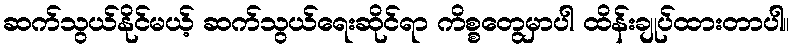
ဆက်သွယ်နိုင်မယ့် ဆက်သွယ်ရေးဆိုင်ရာ ကိစ္စတွေမှာပါ ထိန်းချုပ်ထားတာပါ။